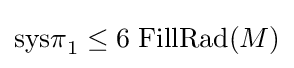
\mathrm {sys\pi } _{1}\leq 6\;\mathrm {FillRad} (M)